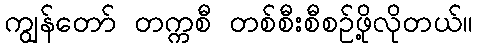
ကျွန်တော် တက္ကစီ တစ်စီးစီစဉ်ဖို့လိုတယ်။